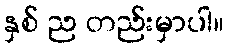
နှစ် ည တည်းမှာပါ။